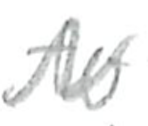
Text: to
Cross-out: zig-zag
Writing tool: pencil